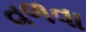
વળવા